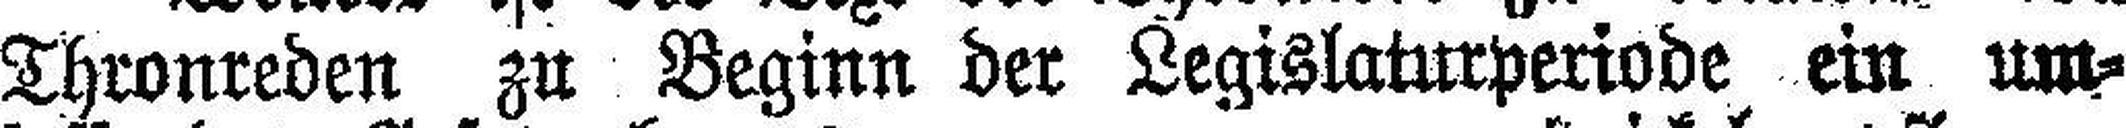
Thronreden zu Beginn der Legislaturperiode ein um¬